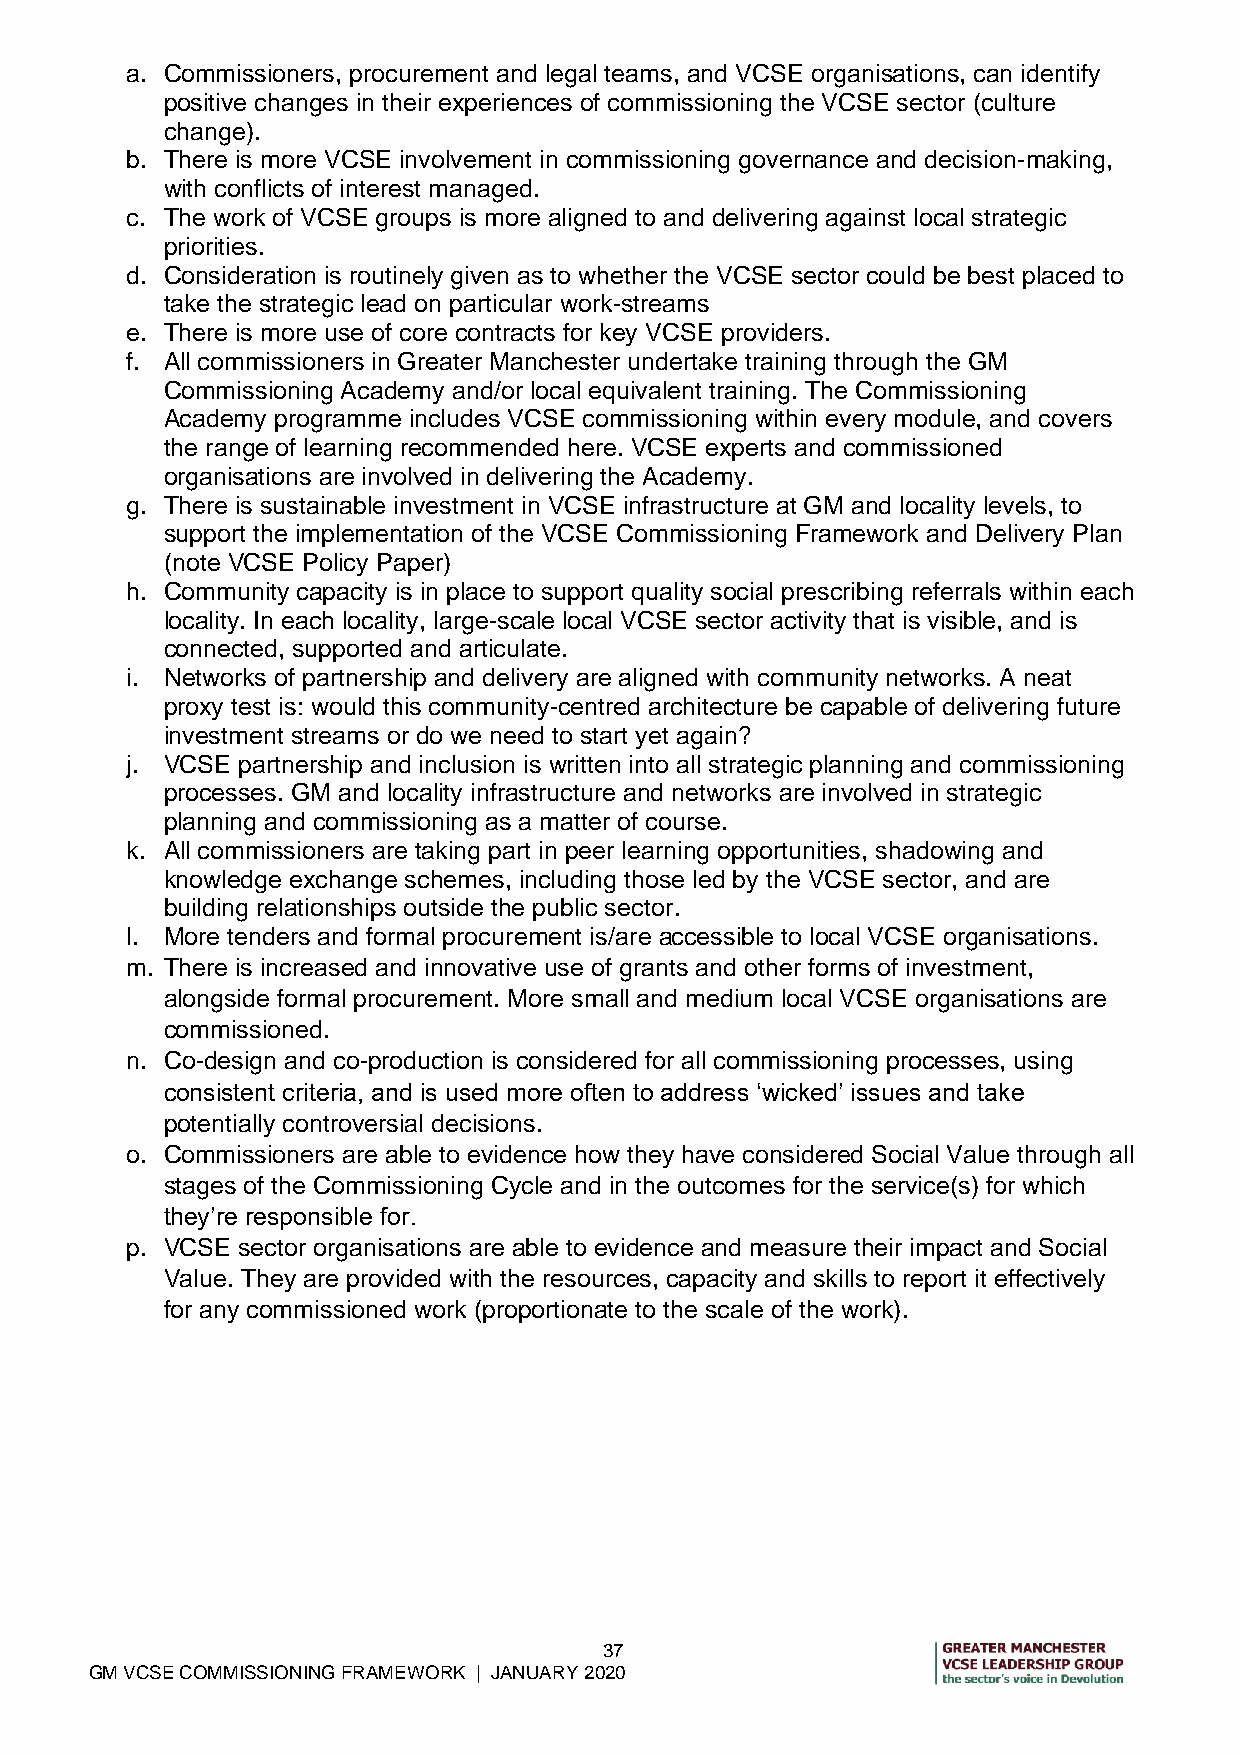
a. Commissioners, procurement and legal teams, and VCSE organisations, can identify
 positive changes in their experiences of commissioning the VCSE sector (culture
 change).
 b. There is more VCSE involvement in commissioning governance and decision-making,
 with conflicts of interest managed.
 c. The work of VCSE groups is more aligned to and delivering against local strategic
 priorities.
 d. Consideration is routinely given as to whether the VCSE sector could be best placed to
 take the strategic lead on particular work-streams
 e. There is more use of core contracts for key VCSE providers.
 f. All commissioners in Greater Manchester undertake training through the GM
 Commissioning Academy and/or local equivalent training. The Commissioning
 Academy programme includes VCSE commissioning within every module, and covers
 the range of learning recommended here. VCSE experts and commissioned
 organisations are involved in delivering the Academy.
 g. There is sustainable investment in VCSE infrastructure at GM and locality levels, to
 support the implementation of the VCSE Commissioning Framework and Delivery Plan
 (note VCSE Policy Paper)
 h. Community capacity is in place to support quality social prescribing referrals within each
 locality. In each locality, large-scale local VCSE sector activity that is visible, and is
 connected, supported and articulate.
 i. Networks of partnership and delivery are aligned with community networks. A neat
 proxy test is: would this community-centred architecture be capable of delivering future
 investment streams or do we need to start yet again?
 j. VCSE partnership and inclusion is written into all strategic planning and commissioning
 processes. GM and locality infrastructure and networks are involved in strategic
 planning and commissioning as a matter of course.
 k. All commissioners are taking part in peer learning opportunities, shadowing and
 knowledge exchange schemes, including those led by the VCSE sector, and are
 building relationships outside the public sector.
 l. More tenders and formal procurement is/are accessible to local VCSE organisations.
 m. There is increased and innovative use of grants and other forms of investment,
 alongside formal procurement. More small and medium local VCSE organisations are
 commissioned.
 n. Co-design and co-production is considered for all commissioning processes, using
 consistent criteria, and is used more often to address ‘wicked’ issues and take
 potentially controversial decisions.
 o. Commissioners are able to evidence how they have considered Social Value through all
 stages of the Commissioning Cycle and in the outcomes for the service(s) for which
 they’re responsible for.
 p. VCSE sector organisations are able to evidence and measure their impact and Social
 Value. They are provided with the resources, capacity and skills to report it effectively
 for any commissioned work (proportionate to the scale of the work).
 37
 GM VCSE COMMISSIONING FRAMEWORK | JANUARY 2020